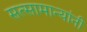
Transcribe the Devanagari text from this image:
सत्सामान्यांनी